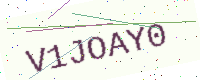
Text: V1JOAY0